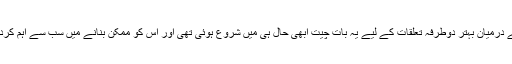
سربیا اور کوسووو کے درمیان بہتر دوطرفہ تعلقات کے لیے یہ بات چیت ابھی حال ہی میں شروع ہوئی تھی اور اس کو ممکن بنانے میں سب سے اہم کردار یورپی یونین کا تھا۔